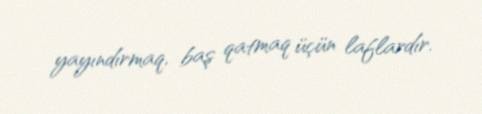
yayındırmaq, baş qatmaq üçün laflardır.